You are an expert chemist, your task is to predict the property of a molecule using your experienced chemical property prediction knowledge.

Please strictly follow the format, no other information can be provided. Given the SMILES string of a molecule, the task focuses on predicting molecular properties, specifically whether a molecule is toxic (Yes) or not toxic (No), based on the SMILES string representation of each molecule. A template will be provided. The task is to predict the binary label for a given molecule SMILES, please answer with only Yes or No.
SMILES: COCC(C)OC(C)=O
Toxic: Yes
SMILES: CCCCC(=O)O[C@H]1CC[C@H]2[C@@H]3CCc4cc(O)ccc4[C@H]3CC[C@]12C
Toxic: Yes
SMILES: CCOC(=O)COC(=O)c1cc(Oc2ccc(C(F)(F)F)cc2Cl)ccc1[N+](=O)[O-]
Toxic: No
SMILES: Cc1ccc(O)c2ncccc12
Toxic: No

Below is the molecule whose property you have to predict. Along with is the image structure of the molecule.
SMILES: C#CC(C)N(C)C(=O)Nc1ccc(Cl)cc1
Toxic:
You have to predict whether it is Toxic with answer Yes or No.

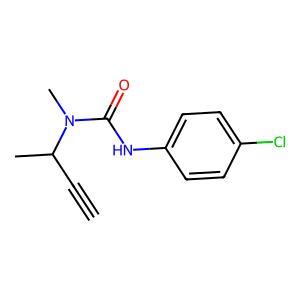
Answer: No